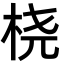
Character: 桡